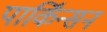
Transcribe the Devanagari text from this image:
पार्किंन्सन